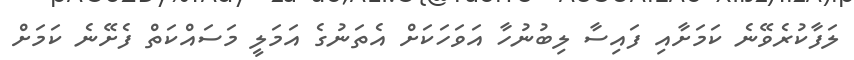
ލަފާކުރެވޭނެ ކަމަށާއި ފައިސާ ލިބުނުހާ އަވަހަކަށް އެތަނުގެ އަމަލީ މަސައްކަތް ފެށޭނެ ކަމަށް